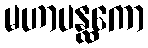
မဟာပန္ထကော